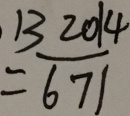
= \frac { 1 3 2 0 1 4 } { 6 7 1 }